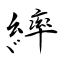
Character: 繂